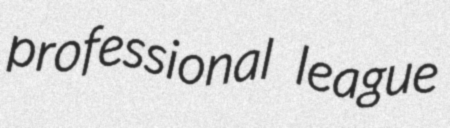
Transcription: professional league